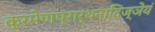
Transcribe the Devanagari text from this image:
क्रमेणप्रार्थनादिज्ञेयं